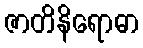
ဇာတိနိရောဓာ